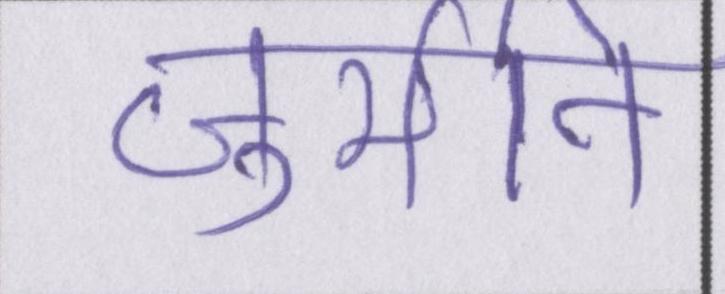
जुर्माने